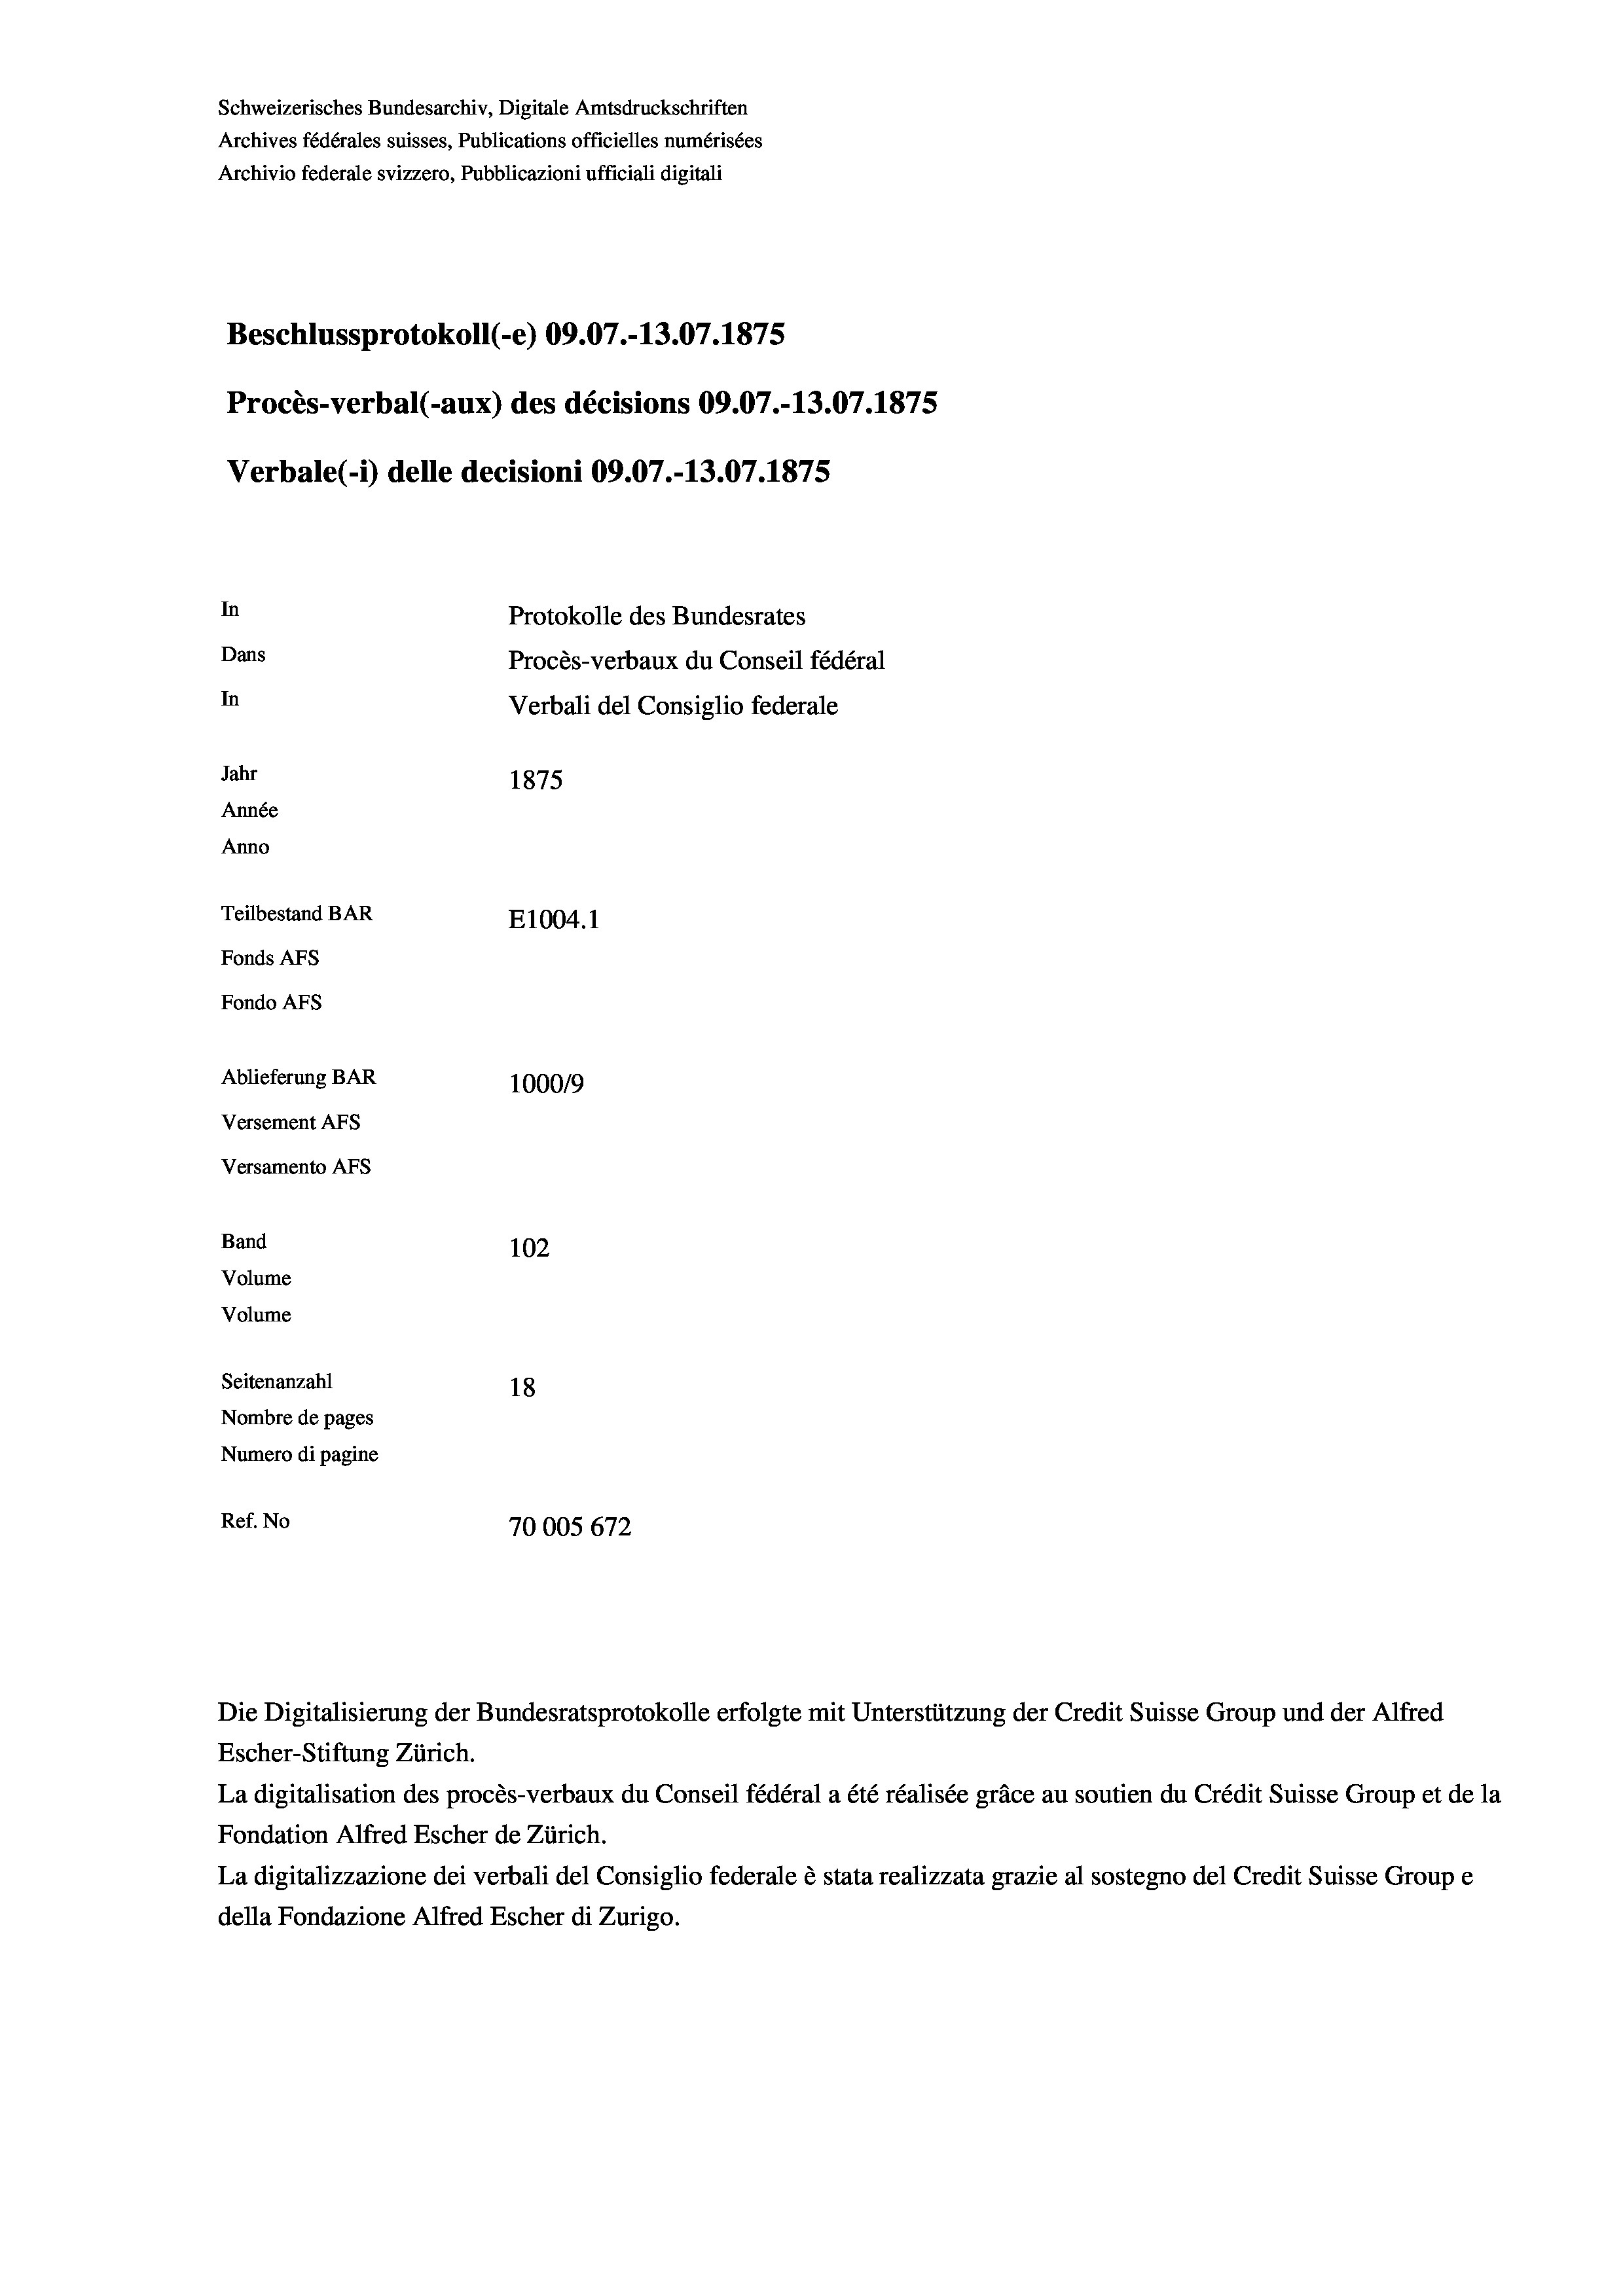
Schweizerisches Bundesarchiv, Digitale Amtsdruckschriften
Archives fédérales suisses, Publications officielles numérisées
Archivio federale svizzero, Pubblicazioni ufficiali digitali
Beschlussprotokoll (-e) 09.07.-13.07.1875
Procès-verbal (-aux) des décisions 09.07.-13.07.1875
Verbale(*) delle decisioni 09.07.-13.07. 1875
In
Protokolle des Bundesrates
Dans
Procès-verbaux du Conseil fédéral
In
Verbali del Consiglio federale
Jahr
1875
Année
Anno
Teilbestand BAR
E1004.1
Fonds Afs
Fondo AFS
Ablieferung BAR
100019
Versement AFs
Versamento Afs

102
18
Nombre de pages
Numero di pagine
Ref. No
70005 672

Band
Volume
Volume

Seitenanzahl

Escher-Stiftung Zürich.
La digitalisation des procès-verbaux du Conseil fédéral a été réalisée gräce au soutien du Crédit Suisse Group et de la
Fondation Alfred Escher de Zürich.
La digitalizzazione dei verbali del Consiglio federale è stata realizzata grazie al sostegno del Credit Suisse Groupe
della Fondazione Alfred Escher di Zurigo.

Die Digitalisierung der Bundesratsprotokolle erfolgte mit Unterstützung der Credit Suisse Group und der Alfred